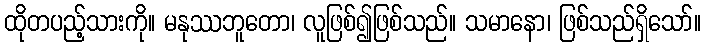
ထိုတပည့်သားကို။ မနုဿဘူတော၊ လူဖြစ်၍ဖြစ်သည်။ သမာနော၊ ဖြစ်သည်ရှိသော်။